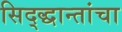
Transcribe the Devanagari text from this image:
सिद्द्धान्तांचा